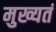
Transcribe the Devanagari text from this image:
मुख्यतं